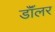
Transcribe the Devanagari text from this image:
डॉॅलर